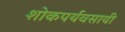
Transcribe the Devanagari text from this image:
शोकपर्यवसायी